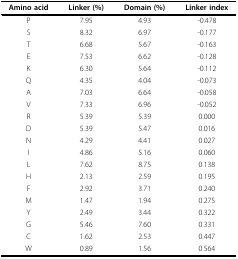
| Amino acid | Linker (%) | Domain (%) | Linker index |
 | --- | --- | --- | --- |
 | P | 7.95 | 4.93 | -0.478 |
 | S | 8.32 | 6.97 | -0.177 |
 | T | 6.68 | 5.67 | -0.163 |
 | E | 7.53 | 6.62 | -0.128 |
 | K | 6.30 | 5.64 | -0.112 |
 | Q | 4.35 | 4.04 | -0.073 |
 | A | 7.03 | 6.64 | -0.058 |
 | V | 7.33 | 6.96 | -0.052 |
 | R | 5.39 | 5.39 | 0.000 |
 | D | 5.39 | 5.47 | 0.016 |
 | N | 4.29 | 4.41 | 0.027 |
 | I | 4.86 | 5.16 | 0.060 |
 | L | 7.62 | 8.75 | 0.138 |
 | H | 2.13 | 2.59 | 0.195 |
 | F | 2.92 | 3.71 | 0.240 |
 | M | 1.47 | 1.94 | 0.275 |
 | Y | 2.49 | 3.44 | 0.322 |
 | G | 5.46 | 7.60 | 0.331 |
 | C | 1.62 | 2.53 | 0.447 |
 | W | 0.89 | 1.56 | 0.564 |